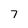
Character: 7